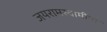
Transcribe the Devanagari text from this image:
जयरामस्वामींना